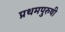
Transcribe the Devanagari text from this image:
प्रथमपुरुषी